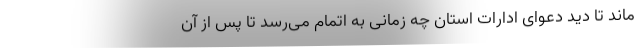
ماند تا دید دعوای ادارات استان چه زمانی به اتمام می‌رسد تا پس از آن